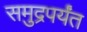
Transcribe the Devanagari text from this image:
समुद्रपर्यंत